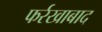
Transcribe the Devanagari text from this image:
फर्रखाबाद